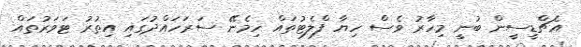
އެޗްޑީސީން ބުނީ މިހާރު ވެސް ހިޔާ ފްލެޓުތައް ހިމެނޭ ސަރަހައްދުގައި އިތުރު ޓަވަރުތައް